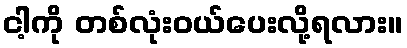
ငါ့ကို တစ်လုံးဝယ်ပေးလို့ရလား။